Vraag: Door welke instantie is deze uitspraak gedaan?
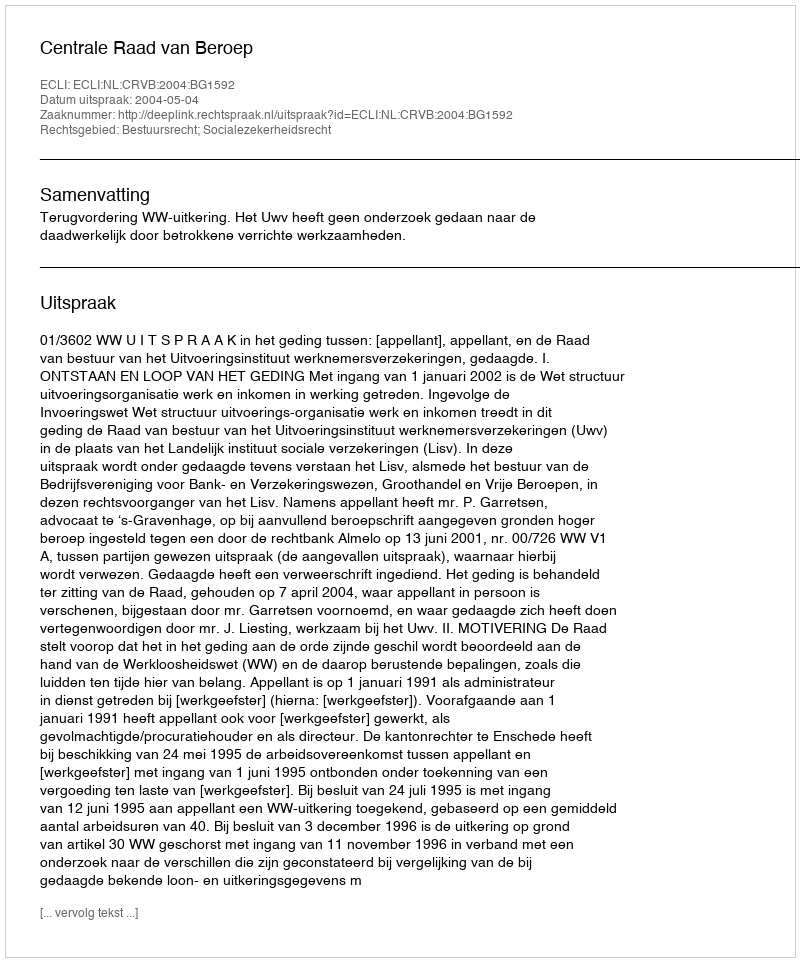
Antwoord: Centrale Raad van Beroep